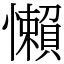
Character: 懶